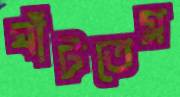
ঘাঁটতেম